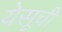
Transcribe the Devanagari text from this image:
येसूची